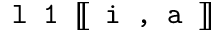
\texttt { l 1 } [ \! [ \texttt { i , a } ] \! ]